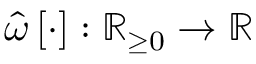
\hat { \omega } \left[ \cdot \right] : \mathbb { R } _ { \ge 0 } \rightarrow \mathbb { R }